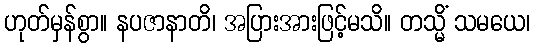
ဟုတ်မှန်စွာ။ နပဇာနာတိ၊ အပြားအားဖြင့်မသိ။ တသ္မိံ သမယေ၊